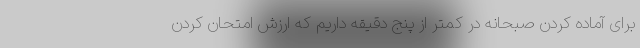
برای آماده کردن صبحانه در کمتر از پنج دقیقه داریم که ارزش امتحان کردن